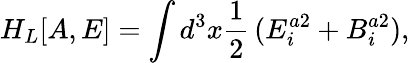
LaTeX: H_{L}[A,E]=\int d^{3}x\frac{1}{2}\, (E_{i}^{a2}+B_{i}^{a2}),